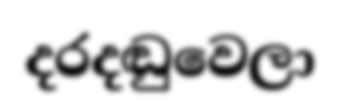
දරදඬුවෙලා